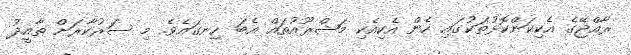
ރާއްޖޭގެ އެކިކަންކޮޅުތަކުގައި ހެން އެކިއެކި މަޝްރޫއުތައް އެބަ ހިނގައެވެ. މި ސަރުކާރަށް ތާއީދު